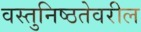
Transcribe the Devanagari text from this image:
वस्तुनिष्ठतेवरील